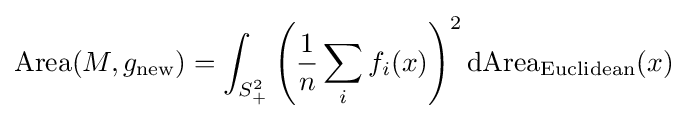
\operatorname {Area} (M,g_{\text{new}})=\int _{S_{+}^{2}}\left({\frac {1}{n}}\sum _{i}f_{i}(x)\right)^{2}\mathrm {dArea} _{\text{Euclidean}}(x)